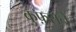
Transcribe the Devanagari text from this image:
कुफ़राने